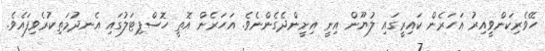
ހޭވެރިކަންވީއިރު އަހަރެން ކައިރީގައި ލުޔޫން އިނީ އިށީންދެގެންނެވެ. އަަހަރެން އޮތީ ހޮސްޕިޓަލުގައި އެނދުމަތިކުރެވިފައެވެ.